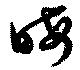
晦